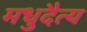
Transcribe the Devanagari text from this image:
मधुदैत्य